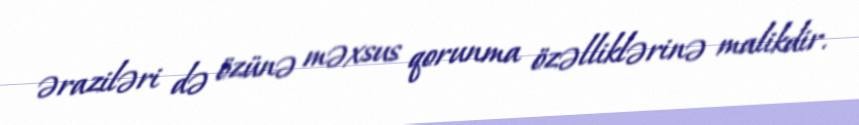
əraziləri də özünə məxsus qorunma özəlliklərinə malikdir.